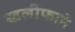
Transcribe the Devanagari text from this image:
खलीफाने